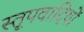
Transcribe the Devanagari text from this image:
स्तूपवादियों